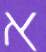
א